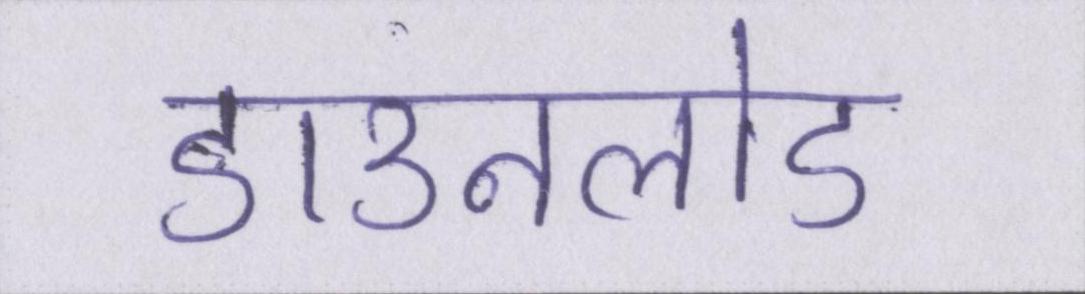
डाउनलोड